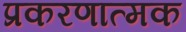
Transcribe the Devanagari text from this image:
प्रकरणात्मक